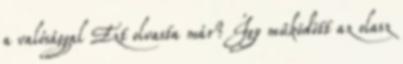
a valósággal Ezt olvasta már? Így működött az olasz